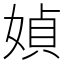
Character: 媜